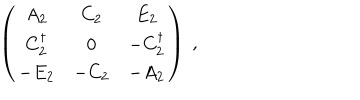
\left( \begin{array} { c c c } { { A _ { 2 } } } & { { C _ { 2 } } } & { { E _ { 2 } } } \\ { { C _ { 2 } ^ { \dagger } } } & { { 0 } } & { { - C _ { 2 } ^ { \dagger } } } \\ { { - E _ { 2 } } } & { { - C _ { 2 } } } & { { - A _ { 2 } } } \\ \end{array} \right) ~ ,